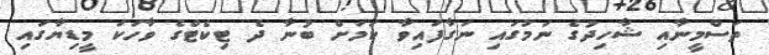
ތަސްމީނާއި ޝާހިދުގެ ނަމުގައި ނަގާފައިވާ ކަމަށް ބުނާ ދެ ޓިކެޓްގެ ވާހަކަ މީޑިޔާގައި